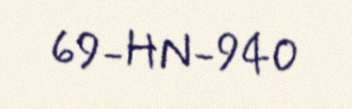
69-HN-940